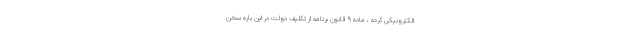
الکترونیکی کرده ، ماده ۹ قانون برنامه از تکلیف دولت در این باره سخن